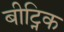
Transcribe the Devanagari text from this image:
बीट्निक